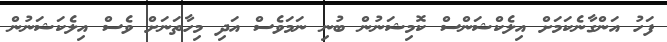
ފަހު އަންގާނެކަމަށް އިލެކްޝަންސް ކޮމިޝަނުން ބުނި ނަމަވެސް އަދި މިހާތަނަށް ވެސް އިލެކަޝަނުން